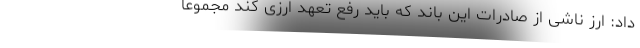
داد: ارز ناشی از صادرات این باند که باید رفع تعهد ارزی کند مجموعا